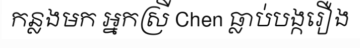
កន្លងមក អ្នកស្រី Chen ធ្លាប់បង្ករឿង